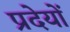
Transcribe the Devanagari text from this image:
प्रदेयों